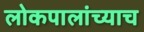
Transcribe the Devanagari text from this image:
लोकपालांच्याच